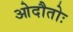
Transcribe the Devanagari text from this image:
ओदौतोः